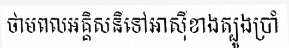
ថាមពលអគ្គិសនីទៅអាស៊ីខាងត្បូងប្រាំ